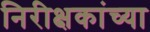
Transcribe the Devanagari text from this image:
निरीक्षकांच्या